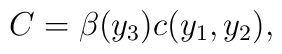
C=\beta(y_{3})c(y_{1},y_{2}),